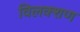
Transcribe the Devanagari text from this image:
विलक्शण